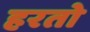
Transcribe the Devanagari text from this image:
हरतो